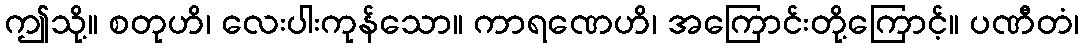
ဤသို့။ စတုဟိ၊ လေးပါးကုန်သော။ ကာရဏေဟိ၊ အကြောင်းတို့ကြောင့်။ ပဏီတံ၊